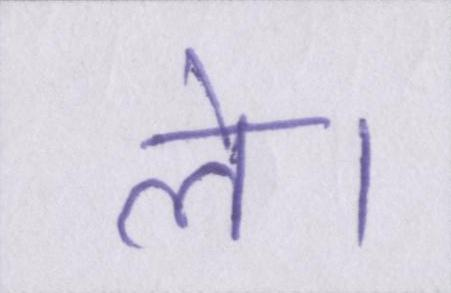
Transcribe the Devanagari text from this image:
ले।